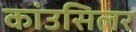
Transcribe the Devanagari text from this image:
कांउसिलर